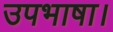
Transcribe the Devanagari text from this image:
उपभाषा।